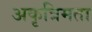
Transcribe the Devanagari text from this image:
अकृत्रिमता